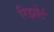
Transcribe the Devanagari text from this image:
रिझोर्ट